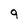
Character: 9